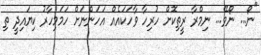
"ނޯ... ނޯވޭ... ނިމްރާ ރީތިކޮށް ހުރިހާ ވާހަކައެއް އަހަންނަށް ހަމަމިހާރު ކިޔައިދީ ތި